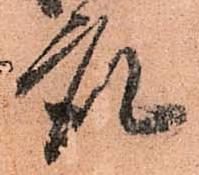
座